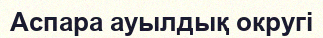
Аспара ауылдық округі